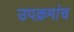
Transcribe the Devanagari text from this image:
उपक्रमांच